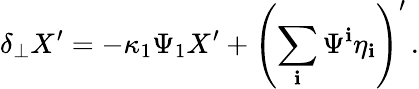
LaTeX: \delta_{\perp}X^{\prime}=-\kappa_{1}\Psi_{1}X^{\prime}+\left(\sum_{\mathbf{i}}\Psi^{\mathbf{i}}\eta_{\mathbf{i}}\right)^{\prime}\, .